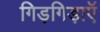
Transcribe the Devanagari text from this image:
गिड़गिड़ाएॅ